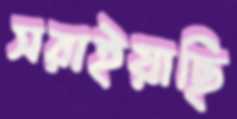
সরাইয়াছি